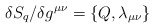
\begin{align*}\delta S_q / \delta g^{\mu\nu} = \{Q, \lambda_{\mu\nu}\}\end{align*}